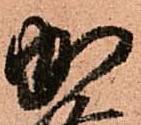
加